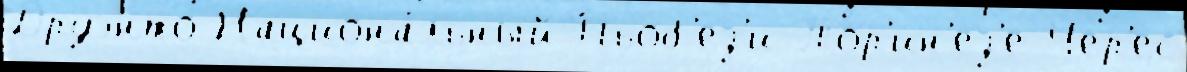
Друэнто Национа́льный Пьоб'ез'и-Тор'ин'ез'е Чер'ес